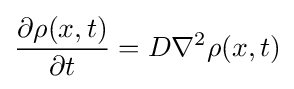
{\frac {\partial \rho (x,t)}{\partial t}}=D\nabla ^{2}\rho (x,t)